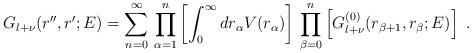
LaTeX: \begin{align*}G_{l+\nu} (r'',r';E) =\sum_{n=0}^{\infty}\,\prod_{\alpha=1}^{n} \left[ \int_{0}^{\infty}d r_{\alpha} V(r_{\alpha}) \right]\,\prod_{\beta=0}^{n} \left[ G^{(0)}_{l+\nu} (r_{\beta +1},r_{\beta};E) \right]\; .\end{align*}